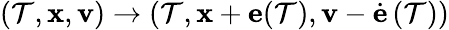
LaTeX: (\mathcal{T},{\mathbf{x}},{\mathbf{v}})\to(\mathcal{T},{\mathbf{x}}+{\mathbf{e}}(\mathcal{T}),{\mathbf{v}}-\dot{{{\mathbf{e}}}}\, (\mathcal{T}))